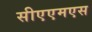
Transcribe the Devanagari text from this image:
सीएएमएस